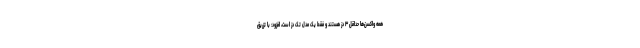
همه واکسن‌ها حداقل ۳ دز هستند و فقط یک مدل تک دز است، افزود: با تزریق